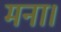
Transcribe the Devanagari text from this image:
मना।